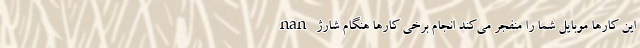
nan این کارها موبایل شما را منفجر می‌کند انجام برخی کارها هنگام شارژ